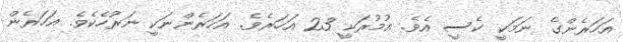
އަހަރެންގެ ނަމަކީ ކެސީ އެވެ. އުމުރަކީ 23 އަހަރެވެ. އަހަރެންނަކީ ނަރުހެކެވެ. އަހަރެން